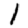
Digit: 1